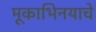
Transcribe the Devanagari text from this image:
मूकाभिनयाचे